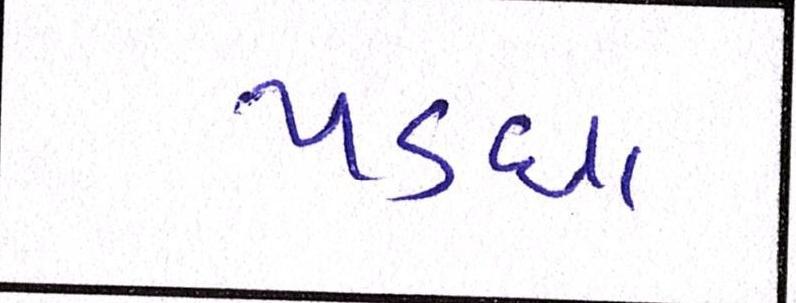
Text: પડઘા